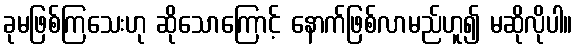
ခုမဖြစ်ကြသေးဟု ဆိုသောကြောင့် နောက်ဖြစ်လာမည်ဟူ၍ မဆိုလိုပါ။